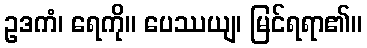
ဥဒကံ၊ ရေကို။ ပေဿယျ၊ မြင်ရရာ၏။